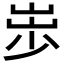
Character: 𱛪